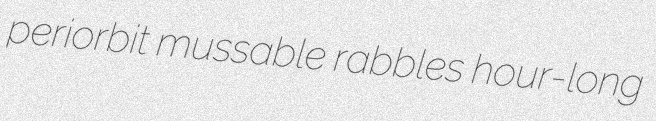
periorbit mussable rabbles hour-long